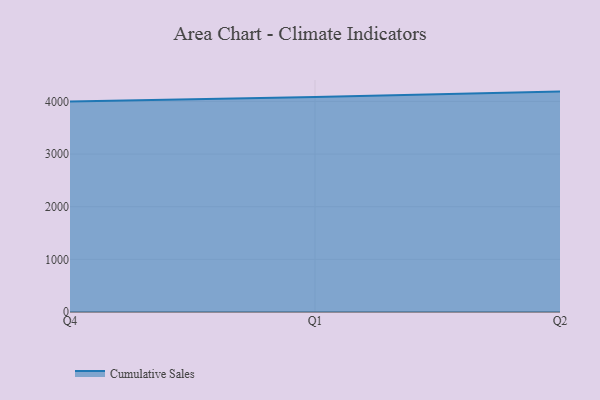
{"axis": {"x": "Quarter", "y": "Satisfaction Score"}, "legend": ["Cumulative Sales"], "data": [{"x": "Q4", "y": 3997.0, "type": "Cumulative Sales"}, {"x": "Q1", "y": 4085.0, "type": "Cumulative Sales"}, {"x": "Q2", "y": 4187.4, "type": "Cumulative Sales"}]}